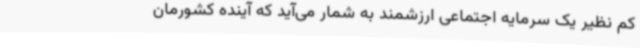
کم نظیر یک سرمایه اجتماعی ارزشمند به شمار می‌آید که آینده کشورمان